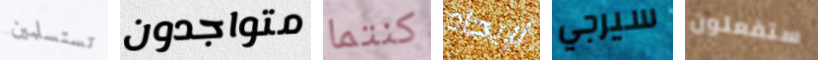
تستسلمين متواجدون كنتما لإيجاد سيرجي ستفعلون